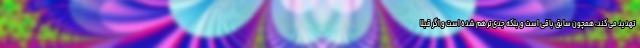
تهدید می‌کند، همچون سابق باقی است و بلکه جدی‌تر هم شده است و اگر قبلاً